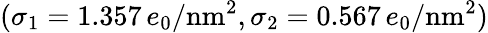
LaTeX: (\sigma_{1}=1.357\, e_{0}/\textrm{nm}^{2},\sigma_{2}=0.567\, e_{0}/\textrm{nm}^{2})